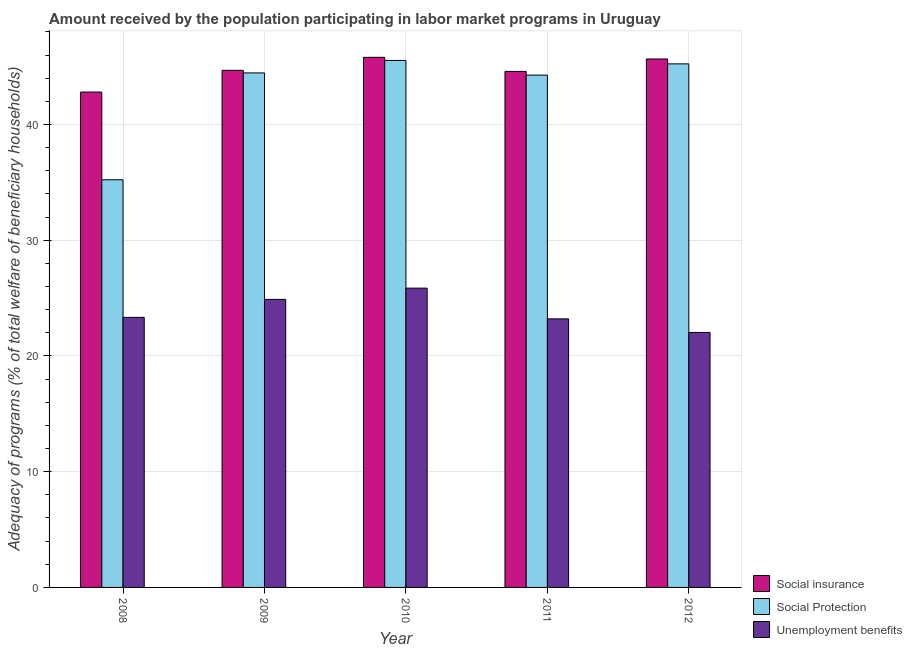
| Year | Social insurance | Social Protection | Unemployment benefits |
 | --- | --- | --- | --- |
 | 2008 | 42.8 | 35.2 | 23.3 |
 | 2009 | 44.7 | 44.5 | 24.9 |
 | 2010 | 45.8 | 45.5 | 25.9 |
 | 2011 | 44.6 | 44.3 | 23.2 |
 | 2012 | 45.7 | 45.2 | 22 |